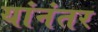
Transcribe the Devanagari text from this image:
यांनंतर